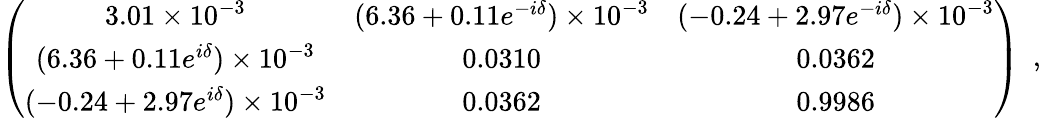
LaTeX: \left(\begin{array}{ccc}{{3.01\times 10^{-3}}}&{{(6.36+0.11e^{-i\delta})\times 10^{-3}}}&{{(-0.24+2.97e^{-i\delta})\times 10^{-3}}}\\ {{(6.36+0.11e^{i\delta})\times 10^{-3}}}&{{0.0310}}&{{0.0362}}\\ {{(-0.24+2.97e^{i\delta})\times 10^{-3}}}&{{0.0362}}&{{0.9986}}\end{array}\right)\ \ ,